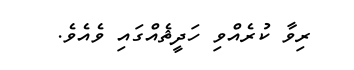
ރިވާ ކުރެއްވި ހަދީޘެއްގައި ވެއެވެ.